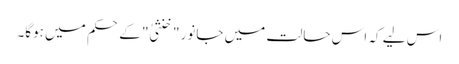
اس لیے کہ اس حالت میں جانور "خنثیٰ" کے حکم میں ہوگا۔